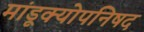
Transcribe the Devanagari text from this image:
मांडूक्योपनिषद